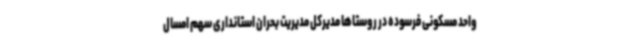
واحد مسکونی فرسوده در روستاها مدیرکل مدیریت بحران استانداری سهم امسال